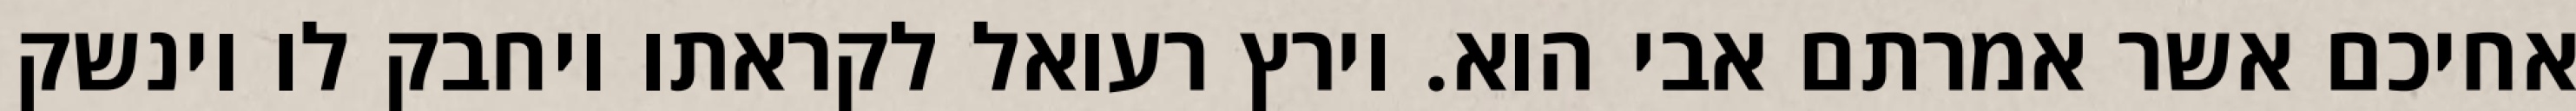
אחיכם אשר אמרתם אבי הוא. וירץ רעואל לקראתו ויחבק לו וינשק